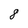
Character: 8